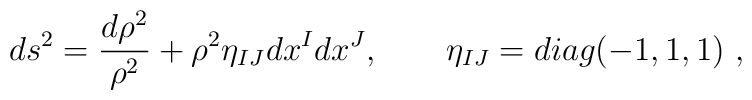
ds^2= \frac{d\rho^2}{\rho^2}+\rho^2\eta_{IJ}dx^Idx^J, \qquad\eta_{IJ} = diag(-1,1,1)\ ,